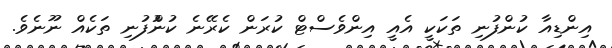
އިންޑިއާ ކުންފުނި ތަކަކީ އެއީ އިންވެސްޓް ކުރަން ކެރޭނެ ކުންުފުނި ތަކެއް ނޫނެވެ.